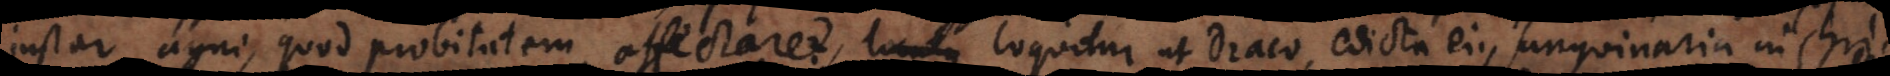
instar agni, quod probitatem affectaret, locutus loquitur ut Draco, edicta ejus sanguinaria in Chri